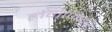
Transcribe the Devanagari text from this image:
लेवोजियर